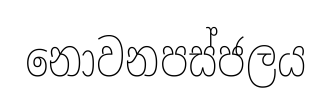
නොවනපස්ජලය